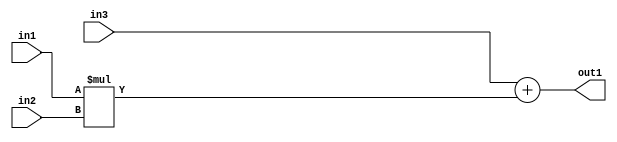
`timescale 1ps / 1ps
/*****************************************************************************
    Verilog RTL Description
    
    
    Created by: Stratus DpOpt 21.05.01 
*******************************************************************************/

module SobelFilter_Add2Mul2u32u32s32_1 (
	in3,
	in2,
	in1,
	out1
	); /* architecture "behavioural" */ 
input [31:0] in3,
	in2,
	in1;
output [31:0] out1;
wire [31:0] asc001;

wire [31:0] asc001_tmp_0;
assign asc001_tmp_0 = 
	+(in3);
assign asc001 = asc001_tmp_0
	+(in1 * in2);

assign out1 = asc001;
endmodule

/* CADENCE  uLDzTwk= : u9/ySxbfrwZIxEzHVQQV8Q== ** DO NOT EDIT THIS LINE ******/